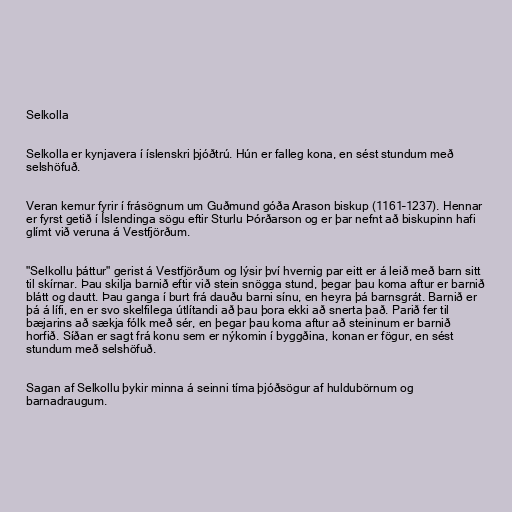
Selkolla

Selkolla er kynjavera í íslenskri þjóðtrú. Hún er falleg kona, en sést stundum með
selshöfuð.

Veran kemur fyrir í frásögnum um Guðmund góða Arason biskup (1161–1237). Hennar
er fyrst getið í Íslendinga sögu eftir Sturlu Þórðarson og er þar nefnt að biskupinn hafi
glímt við veruna á Vestfjörðum.

"Selkollu þáttur" gerist á Vestfjörðum og lýsir því hvernig par eitt er á leið með barn sitt
til skírnar. Þau skilja barnið eftir við stein snögga stund, þegar þau koma aftur er barnið
blátt og dautt. Þau ganga í burt frá dauðu barni sínu, en heyra þá barnsgrát. Barnið er
þá á lífi, en er svo skelfilega útlítandi að þau þora ekki að snerta það. Parið fer til
bæjarins að sækja fólk með sér, en þegar þau koma aftur að steininum er barnið
horfið. Síðan er sagt frá konu sem er nýkomin í byggðina, konan er fögur, en sést
stundum með selshöfuð.

Sagan af Selkollu þykir minna á seinni tíma þjóðsögur af huldubörnum og
barnadraugum.